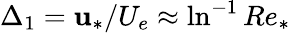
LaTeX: \Delta_{1}=\mathbf{u}_{*}/U_{e}\approx\ln^{-1}Re_{*}